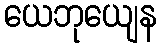
ယေဘုယျေန